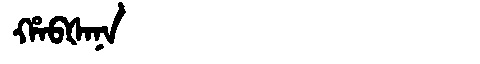
Manchu: ᡥᠠᠪᡧᠠᠨᠠ
Romanization: HABŠANA